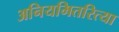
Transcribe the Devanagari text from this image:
अनियमितरित्या